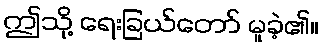
ဤသို့ ရေးခြယ်တော် မူခဲ့၏။